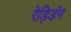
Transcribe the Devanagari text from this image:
रेड्डिंग